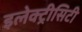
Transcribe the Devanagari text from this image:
इलेक्ट्रीसिटी